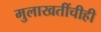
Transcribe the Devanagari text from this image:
मुलाखतींचीही